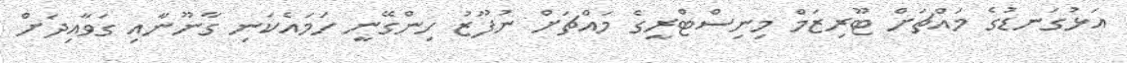
އަޅުގަނޑުގެ މައްޗަށް ޓޫރިޒަމް މިނިސްޓްރީގެ މައްޗަށް ނުފޫޒު ހިންގޭނީ ހަމައެކަނި ގާނޫނާއި ގަވާއިދަށް